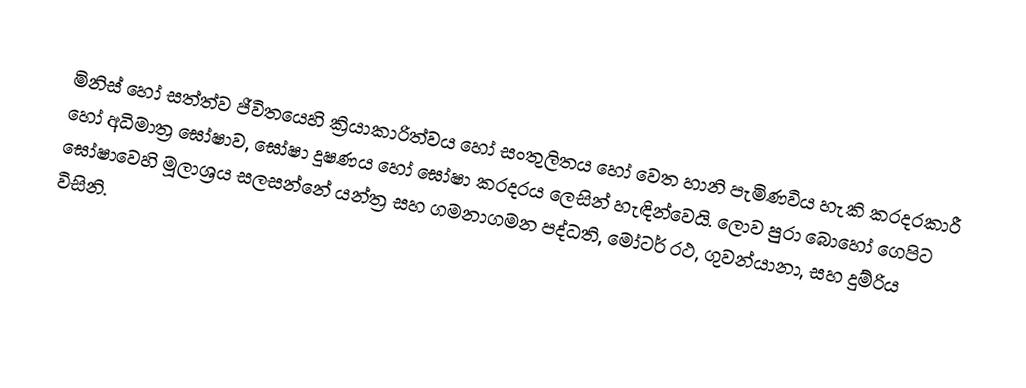
මිනිස් හෝ සත්ත්ව ජීවිතයෙහි ක්‍රියාකාරිත්වය හෝ සංතුලිතය හෝ වෙත හානි පැමිණවිය හැකි  කරදරකාරී හෝ අධිමාත්‍ර ඝෝෂාව,  ඝෝෂා දූෂණය හෝ  ඝෝෂා කරදරය ලෙසින් හැඳින්වෙයි. ලොව පුරා බොහෝ ගෙපිට ඝෝෂාවෙහි මූලාශ්‍රය සලසන්නේ යන්ත්‍ර සහ ගමනාගමන පද්ධති, මෝටර් රථ, ගුවන්යානා, සහ  දුම්රිය විසිනි.